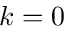
k = 0